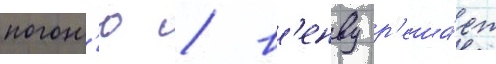
погон'ю / в'енву р'еша́ет